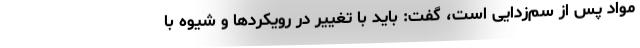
مواد پس از سم‌زدایی است، گفت: باید با تغییر در رویکردها و شیوه با